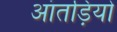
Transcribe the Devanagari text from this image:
आंतड़ियो